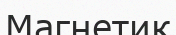
Магнетик